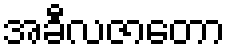
အခီလဇာတော